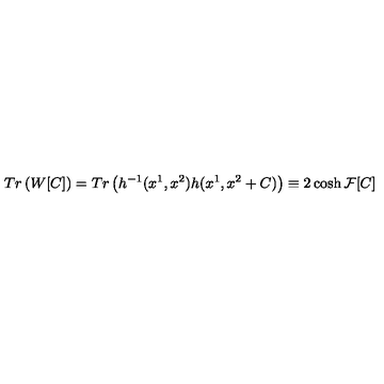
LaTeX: T r \left( W [ C ] \right) = T r \left( h ^ { - 1 } ( x ^ { 1 } , x ^ { 2 } ) h ( x ^ { 1 } , x ^ { 2 } + C ) \right) \equiv 2 \cosh { \mathcal { F } [ C ] }